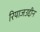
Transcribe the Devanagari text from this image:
रियाजउद्दीन